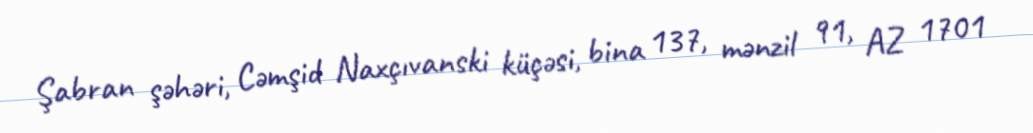
Şabran şəhəri, Cəmşid Naxçıvanski küçəsi, bina 137, mənzil 91, AZ 1701